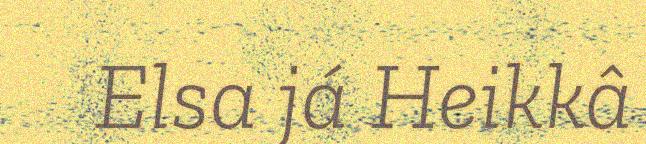
Elsa já Heikkâ